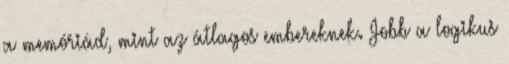
a memóriád, mint az átlagos embereknek. Jobb a logikus